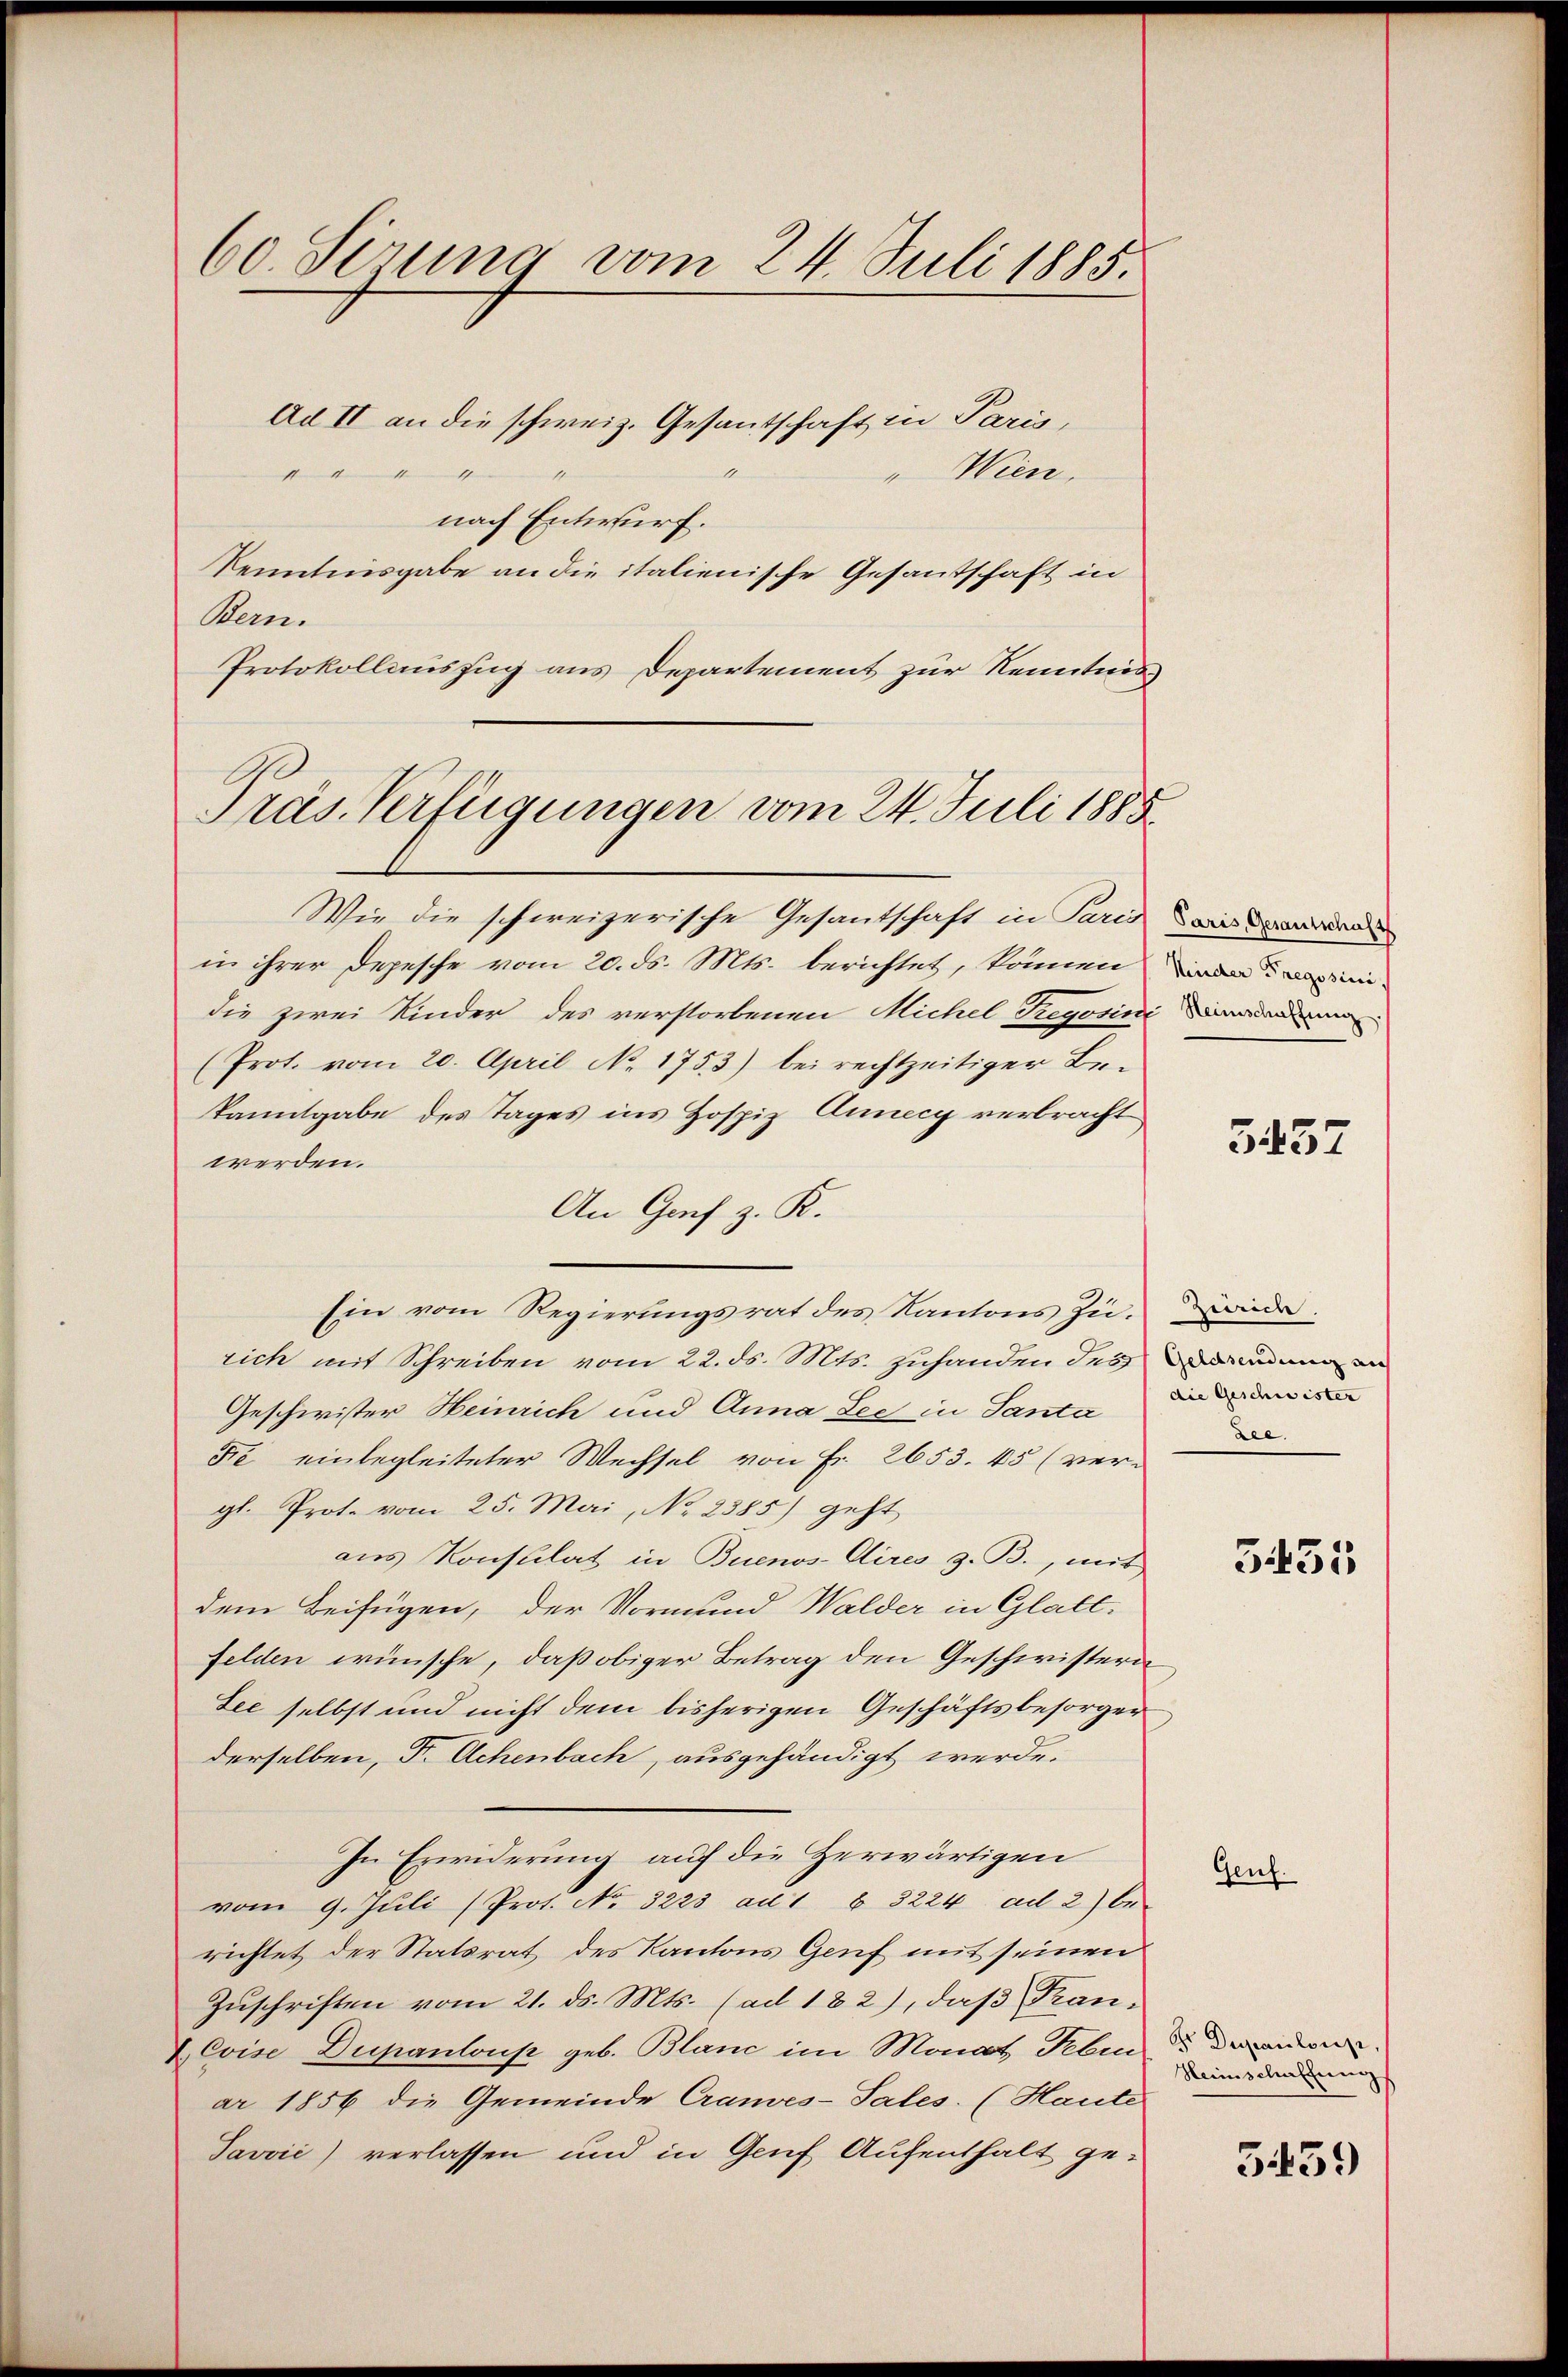
60. Serung vom 24. Juli 1885.

Wien.
sten Vermitte muthe
nach Entwurf.
Kenntnisgabe an die italienische Gesantschaft in
Bern.
Protokollauszug aus Departement zur Kenntnis

Ad II an die schweiz. Gesantschaft in Paris,

Präs. Verfügungen vom 24. Juli 1888.

Wie die schweizerische Gesantschaft in Paris wiede
in ihrer Depesche vom 20. ds. Mts. berichtet, können in
die zwei Kinder des verstorbenen Michel Regovini Vorderung
(Prot. vom 20. April No. 1753) bei rechtzeitiger Be-
kanntgabe des Tages ins Hospiz Annecy verbracht
werden.
An Graf z. K.
Ein vom Regierungsrat des Kantons Zu-de
rich mit Schreiben vom 22. ds. Mts. zuhanden des daran an
Geschwister Heinrich und Anna Lee in Santa, die disen
Fe einbegleiteter Wechsel von Fr. 2653. 45 (ver-
gl. Prote vom 25. Mai, No 2385) geht
aus Konsulat in Buenos-Aires z. B., mit
dem Beifügen, der Vormund Walder in Glatt.
felden wünsche, daß obiger Betrag den Geschwistern
See selbst und nicht dem bisherigen Geschäftsbesorger
derselben, Dr. Achenbach, ausgehändigt werde.
In Erwiderung auf die Zerwärtigen
vom 9. Jŭli (Prot. No. 3223 au 1 § 3224 ad 2) be
richtet der Statsrat des Kantons Genf mit seinen
Zuschriften vom 21. ds. Mts. (ad 182), daß Fran¬
&Cvise Dupanloup geb. Blanc im Monat Febin Decanen
ar 1856 die Gemeinde Crauves-Sales. (Haute
Javvić) verlassen und in Genf Aufenthalt ge-

3457

.

3435

Genf.

Heimschaffungs

3439